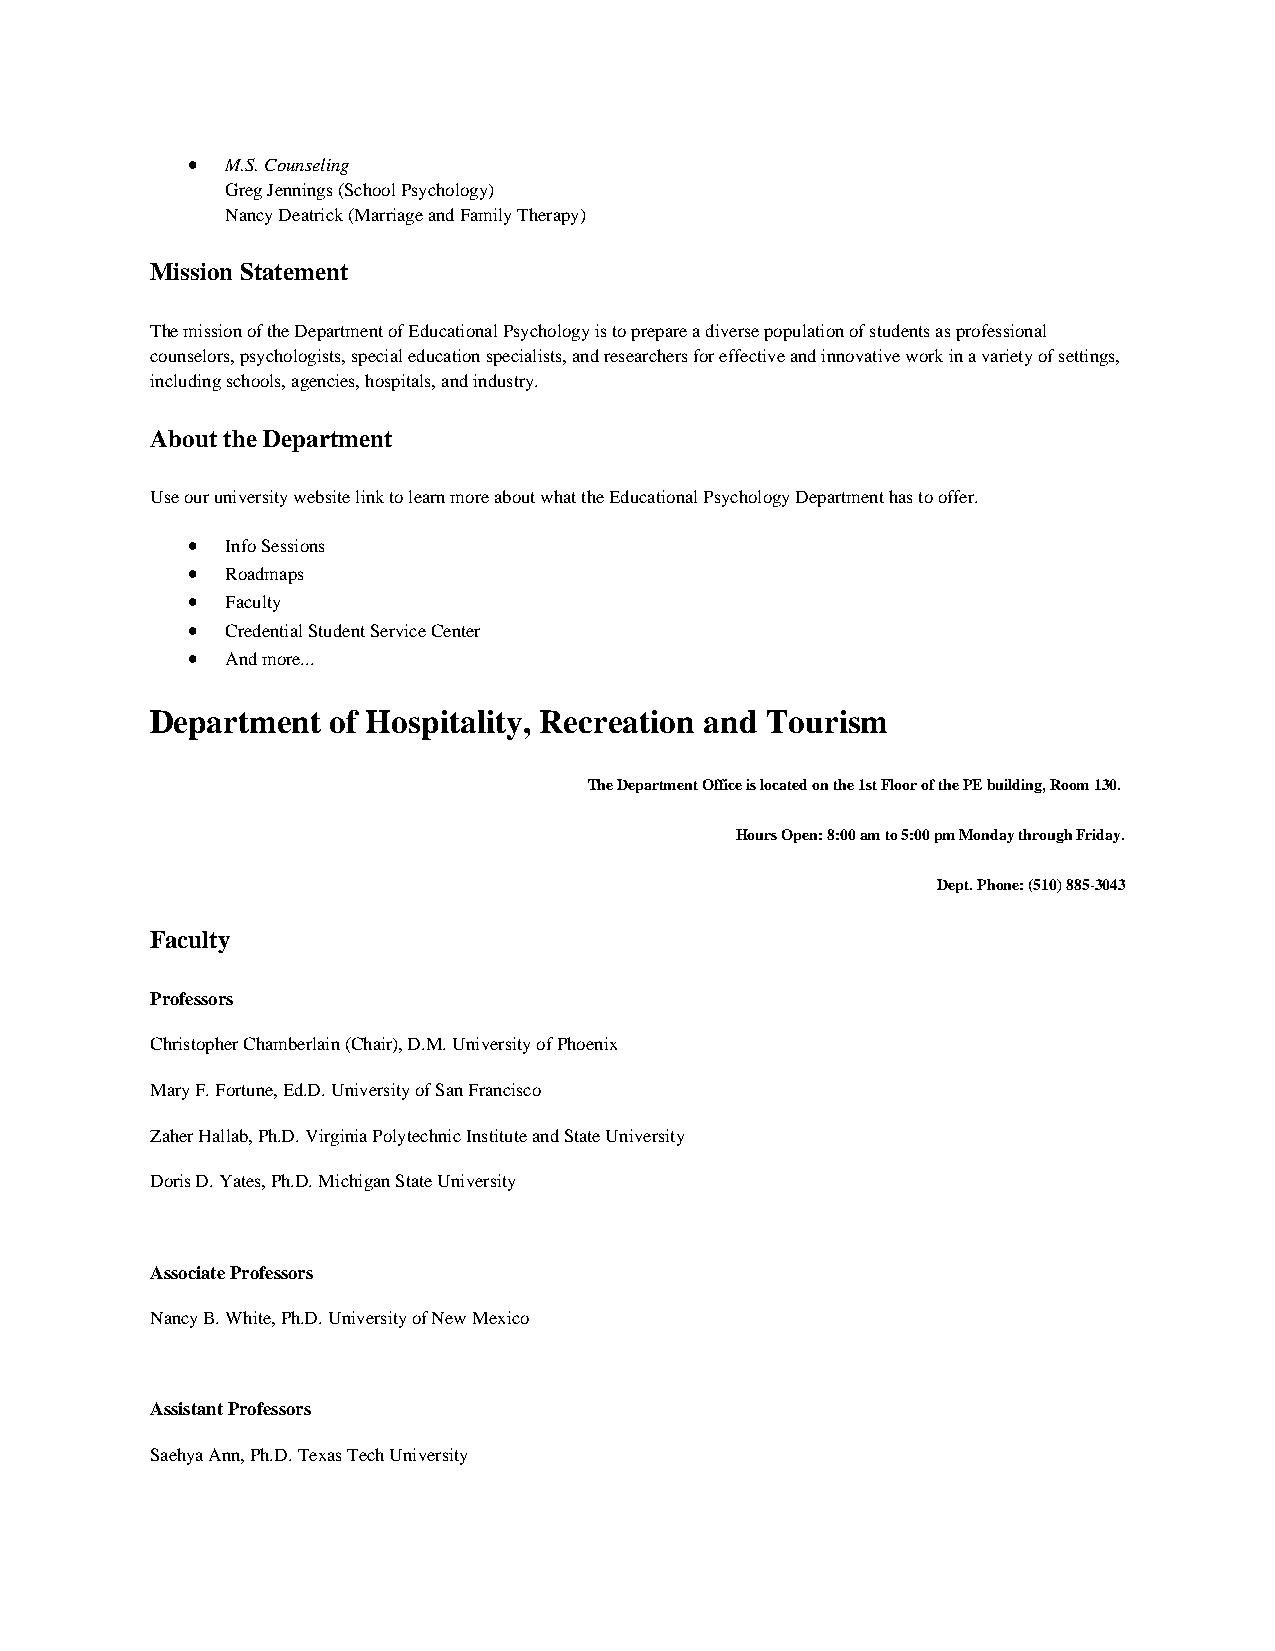
•  M.S. Counseling
 Greg Jennings (School Psychology)
 Nancy Deatrick (Marriage and Family Therapy)
 Mission Statement
 The mission of the Department of Educational Psychology is to prepare a diverse population of students as professional
 counselors, psychologists, special education specialists, and researchers for effective and innovative work in a variety of settings,
 including schools, agencies, hospitals, and industry.
 About the Department
 Use our university website link to learn more about what the Educational Psychology Department has to offer.
 •  Info Sessions
 •  Roadmaps
 •  Faculty
 •  Credential Student Service Center
 •  And more...
 Department  of Hospitality, Recreation and Tourism
 The Department Office is located on the 1st Floor of the PE building, Room 130.
 Hours Open: 8:00 am to 5:00 pm Monday through Friday.
 Dept. Phone: (510) 885-3043
 Faculty
 Professors
 Christopher Chamberlain (Chair), D.M. University of Phoenix
 Mary F. Fortune, Ed.D. University of San Francisco
 Zaher Hallab, Ph.D. Virginia Polytechnic Institute and State University
 Doris D. Yates, Ph.D. Michigan State University
 Associate Professors
 Nancy B. White, Ph.D. University of New Mexico
 Assistant Professors
 Saehya Ann, Ph.D. Texas Tech University